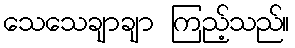
သေသေချာချာ ကြည့်သည်။